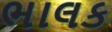
ભાલક